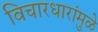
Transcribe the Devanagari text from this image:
विचारधारांमुळे